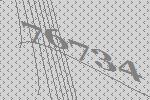
76734